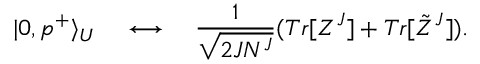
| 0 , p ^ { + } \rangle _ { U } \quad \longleftrightarrow \quad { \frac { 1 } { \sqrt { 2 J N ^ { J } } } } ( T r [ Z ^ { J } ] + T r [ \tilde { Z } ^ { J } ] ) .